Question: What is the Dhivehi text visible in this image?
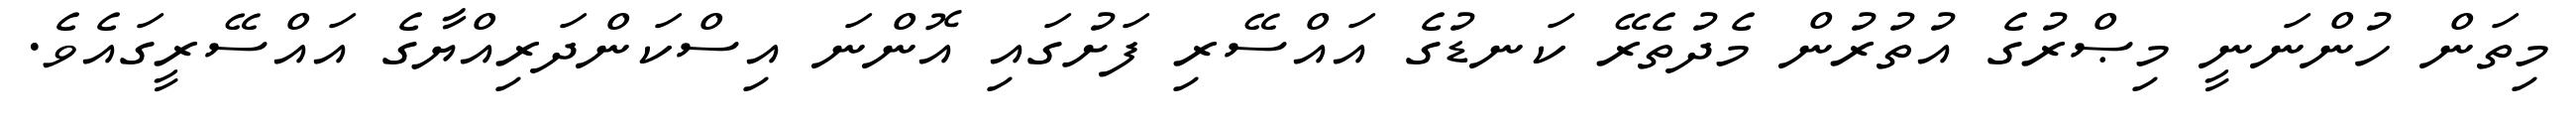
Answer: މިތަން ހުންނަނީ މިޞްރުގެ އުތުރުން މެދުތެރޭ ކަނޑުގެ އައްސޭރި ފަށުގައި އޮންނަ އިސްކަންދަރިއްޔާގެ އައްސޭރީގައެވެ.